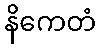
နိကေတံ